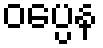
ဝပ္ပေန